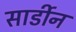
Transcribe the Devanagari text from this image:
सार्डीन